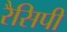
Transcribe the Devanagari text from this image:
रैसिपी